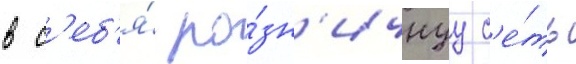
в с'еб'я́ ро́зн'ичнуу с'е́ть